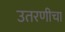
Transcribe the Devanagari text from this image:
उतरणीचा